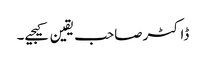
ڈاکٹرصاحب یقین کیجیے۔